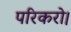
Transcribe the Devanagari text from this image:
परिकरो।